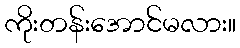
ကိုးတန်းအောင်မလား။